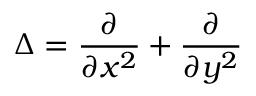
\Delta = \frac { \partial } { \partial x ^ { 2 } } + \frac { \partial } { \partial y ^ { 2 } }